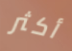
أكثر